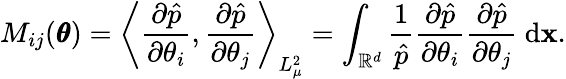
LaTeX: M_{ij}(\pmb\theta)=\left\langle\frac{\partial\hat{p}}{\partial\theta_{i}},\frac{\partial\hat{p}}{\partial\theta_{j}}\right\rangle_{L_{\mu}^{2}}=\int_{\mathbb{R}^{d}}\frac{1}{\hat{p}}\frac{\partial\hat{p}}{\partial\theta_{i}}\frac{\partial\hat{p}}{\partial\theta_{j}}\ \mathrm d\mathbf x.